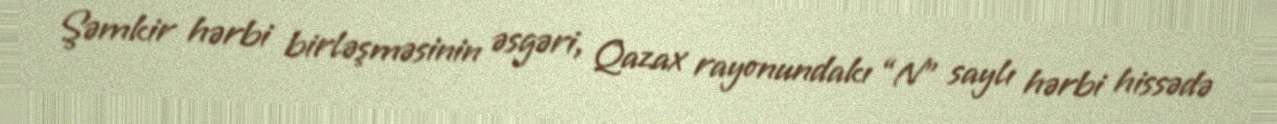
Şəmkir hərbi birləşməsinin əsgəri, Qazax rayonundakı “N” saylı hərbi hissədə